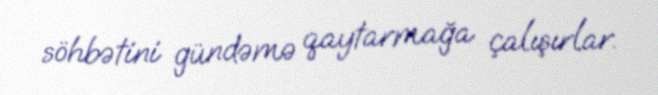
söhbətini gündəmə qaytarmağa çalışırlar.